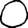
Digit: 0